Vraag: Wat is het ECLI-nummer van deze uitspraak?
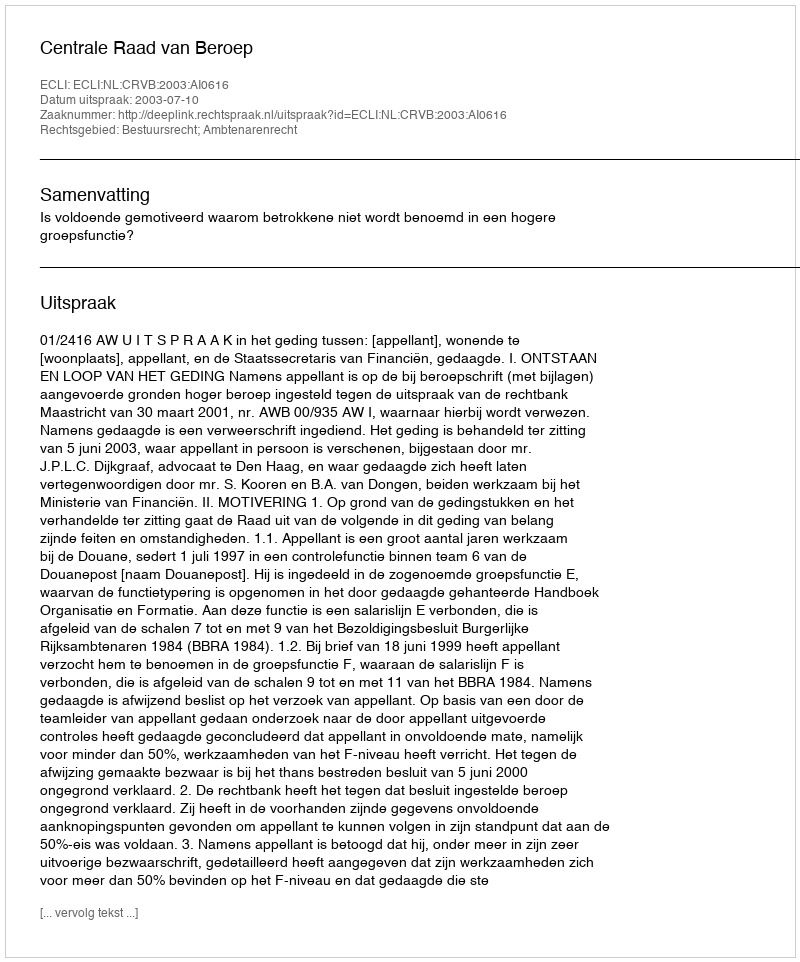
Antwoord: ECLI:NL:CRVB:2003:AI0616